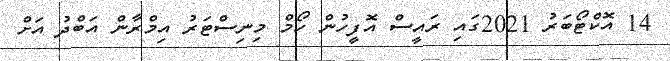
14 އޮކްޓޯބަރު 2021ގައި ރައީސް އޮފީހުން ހޯމް މިނިސްޓަރު އިމްރާން އަބްދު އަށް